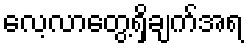
လေ့လာတွေ့ရှိချက်အရ